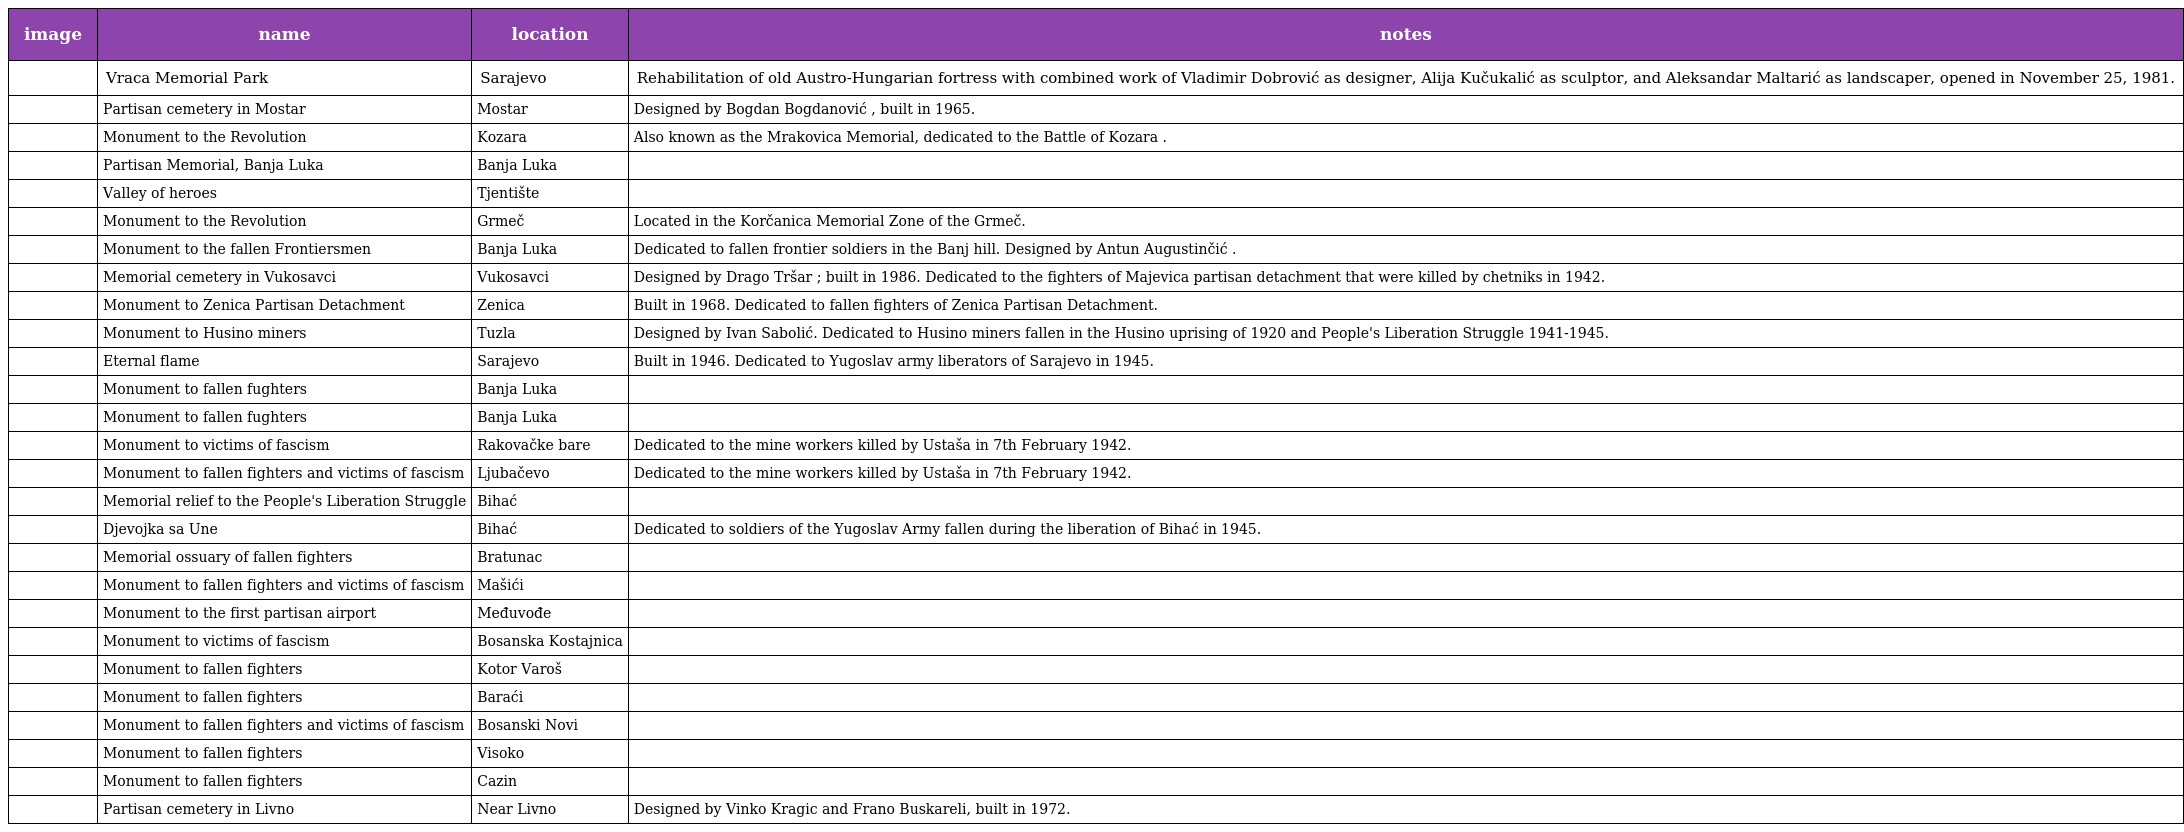
| image | name | location | notes |
 | --- | --- | --- | --- |
 |  | Vraca Memorial Park | Sarajevo | Rehabilitation of old Austro-Hungarian fortress with combined work of Vladimir Dobrović as designer, Alija Kučukalić as sculptor, and Aleksandar Maltarić as landscaper, opened in November 25, 1981. |
 |  | Partisan cemetery in Mostar | Mostar | Designed by Bogdan Bogdanović , built in 1965. |
 |  | Monument to the Revolution | Kozara | Also known as the Mrakovica Memorial, dedicated to the Battle of Kozara . |
 |  | Partisan Memorial, Banja Luka | Banja Luka |  |
 |  | Valley of heroes | Tjentište |  |
 |  | Monument to the Revolution | Grmeč | Located in the Korčanica Memorial Zone of the Grmeč. |
 |  | Monument to the fallen Frontiersmen | Banja Luka | Dedicated to fallen frontier soldiers in the Banj hill. Designed by Antun Augustinčić . |
 |  | Memorial cemetery in Vukosavci | Vukosavci | Designed by Drago Tršar ; built in 1986. Dedicated to the fighters of Majevica partisan detachment that were killed by chetniks in 1942. |
 |  | Monument to Zenica Partisan Detachment | Zenica | Built in 1968. Dedicated to fallen fighters of Zenica Partisan Detachment. |
 |  | Monument to Husino miners | Tuzla | Designed by Ivan Sabolić. Dedicated to Husino miners fallen in the Husino uprising of 1920 and People's Liberation Struggle 1941-1945. |
 |  | Eternal flame | Sarajevo | Built in 1946. Dedicated to Yugoslav army liberators of Sarajevo in 1945. |
 |  | Monument to fallen fughters | Banja Luka |  |
 |  | Monument to fallen fughters | Banja Luka |  |
 |  | Monument to victims of fascism | Rakovačke bare | Dedicated to the mine workers killed by Ustaša in 7th February 1942. |
 |  | Monument to fallen fighters and victims of fascism | Ljubačevo | Dedicated to the mine workers killed by Ustaša in 7th February 1942. |
 |  | Memorial relief to the People's Liberation Struggle | Bihać |  |
 |  | Djevojka sa Une | Bihać | Dedicated to soldiers of the Yugoslav Army fallen during the liberation of Bihać in 1945. |
 |  | Memorial ossuary of fallen fighters | Bratunac |  |
 |  | Monument to fallen fighters and victims of fascism | Mašići |  |
 |  | Monument to the first partisan airport | Međuvođe |  |
 |  | Monument to victims of fascism | Bosanska Kostajnica |  |
 |  | Monument to fallen fighters | Kotor Varoš |  |
 |  | Monument to fallen fighters | Baraći |  |
 |  | Monument to fallen fighters and victims of fascism | Bosanski Novi |  |
 |  | Monument to fallen fighters | Visoko |  |
 |  | Monument to fallen fighters | Cazin |  |
 |  | Partisan cemetery in Livno | Near Livno | Designed by Vinko Kragic and Frano Buskareli, built in 1972. |